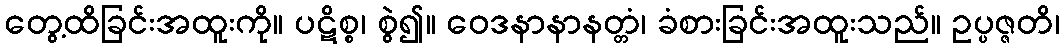
တွေ့ထိခြင်းအထူးကို။ ပဋိစ္စ၊ စွဲ၍။ ဝေဒနာနာနတ္တံ၊ ခံစားခြင်းအထူးသည်။ ဥပ္ပဇ္ဇတိ၊